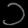
Digit: ၁